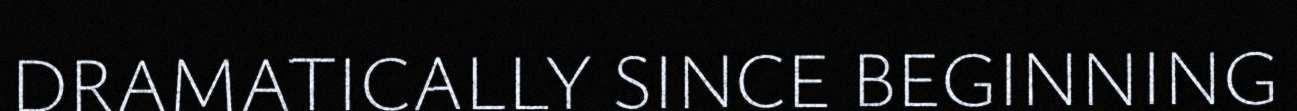
DRAMATICALLY SINCE BEGINNING